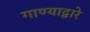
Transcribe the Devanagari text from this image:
गाण्याद्वारे